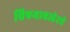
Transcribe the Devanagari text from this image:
विषयाबाहेरचे